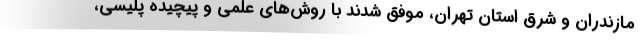
مازندران و شرق استان تهران، موفق شدند با روش‌های علمی و پیچیده پلیسی،